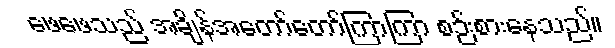
ဖေဖေသည် အချိန်အတော်တော်ကြာကြာ စဉ်းစားနေသည်။